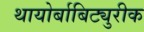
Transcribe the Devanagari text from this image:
थायोर्बाबिट्युरीक